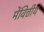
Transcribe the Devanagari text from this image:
मेंवित्तीय